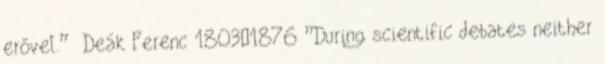
erővel.” Deák Ferenc 1803—1876 ”During scientific debates neither